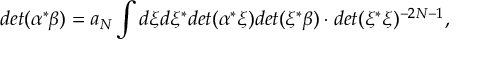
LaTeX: d e t ( \alpha ^ { * } \beta ) = a _ { N } \int d \xi d \xi ^ { * } d e t ( \alpha ^ { * } \xi ) d e t ( \xi ^ { * } \beta ) \cdot d e t ( \xi ^ { * } \xi ) ^ { - 2 N - 1 } ,